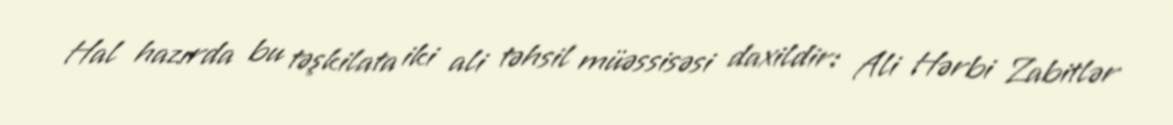
Hal hazırda bu təşkilata iki ali təhsil müəssisəsi daxildir: Ali Hərbi Zabitlər